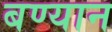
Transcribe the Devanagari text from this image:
बण्यान